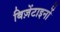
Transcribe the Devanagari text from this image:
बिज़ेंटाइनों